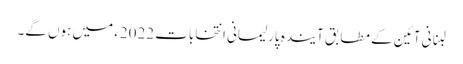
لبنانی آئین کے مطابق آیندہ پارلیمانی انتخابات 2022ء میں ہوں گے۔